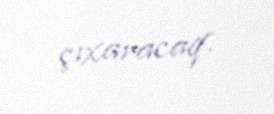
çıxaracaq.